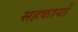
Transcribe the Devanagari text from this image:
सहकार्यों